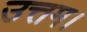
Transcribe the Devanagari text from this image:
उत्तम।